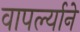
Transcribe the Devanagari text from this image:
वापर्ल्याने